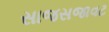
સાજસજાવટ